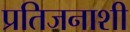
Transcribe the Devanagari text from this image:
प्रतिजनाशी